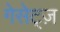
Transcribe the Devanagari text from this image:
गेसेट्ज़